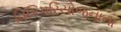
વિકિપરિયોજનાના